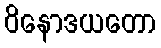
ဝိနောဒယတော